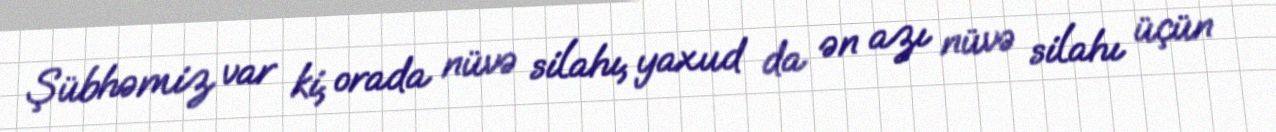
Şübhəmiz var ki, orada nüvə silahı, yaxud da ən azı nüvə silahı üçün